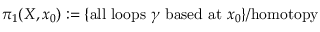
\pi _ { 1 } ( X , x _ { 0 } ) : = \{ { \mathrm { a l l ~ l o o p s ~ } } \gamma { \mathrm { ~ b a s e d ~ a t ~ } } x _ { 0 } \} / { \mathrm { h o m o t o p y } }